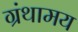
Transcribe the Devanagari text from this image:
ग्रंथामय